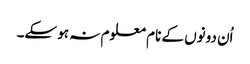
اُن دونوں کے نام معلوم نہ ہو سکے۔